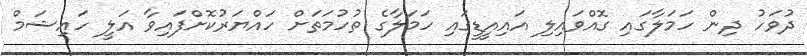
ދުވަހު ދިން ހަމަލާގައި ގޮއްވައިލި އައިއީޑީގައި ހަމަލާގެ ތުހުމަތަށް ހައްޔަރުކޮށްފައިވާ އަލީ ހައިޝަމް